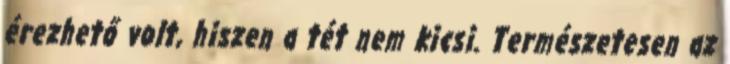
érezhető volt, hiszen a tét nem kicsi. Természetesen az